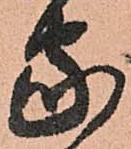
家